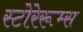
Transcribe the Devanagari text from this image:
स्टोरेरूम्स